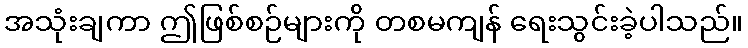
အသုံးချကာ ဤဖြစ်စဉ်များကို တစမကျန် ရေးသွင်းခဲ့ပါသည်။